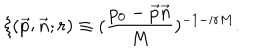
LaTeX: \xi ( \vec { p } ; \vec { n } ; r ) \equiv ( \frac { p _ { 0 } - \vec { p } \vec { n } } { M } ) ^ { - 1 - i r M } .